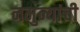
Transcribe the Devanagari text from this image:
नमुन्यांची